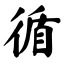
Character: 循